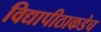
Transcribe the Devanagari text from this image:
विद्यापीठाकडेच